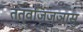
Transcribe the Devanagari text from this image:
तत्वजिज्ञासु